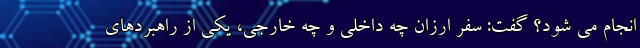
انجام می شود؟ گفت: سفر ارزان چه داخلی و چه خارجی، یکی از راهبردهای